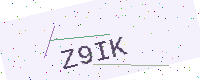
Text: Z9IK